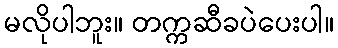
မလိုပါဘူး။ တက္ကဆီခပဲပေးပါ။